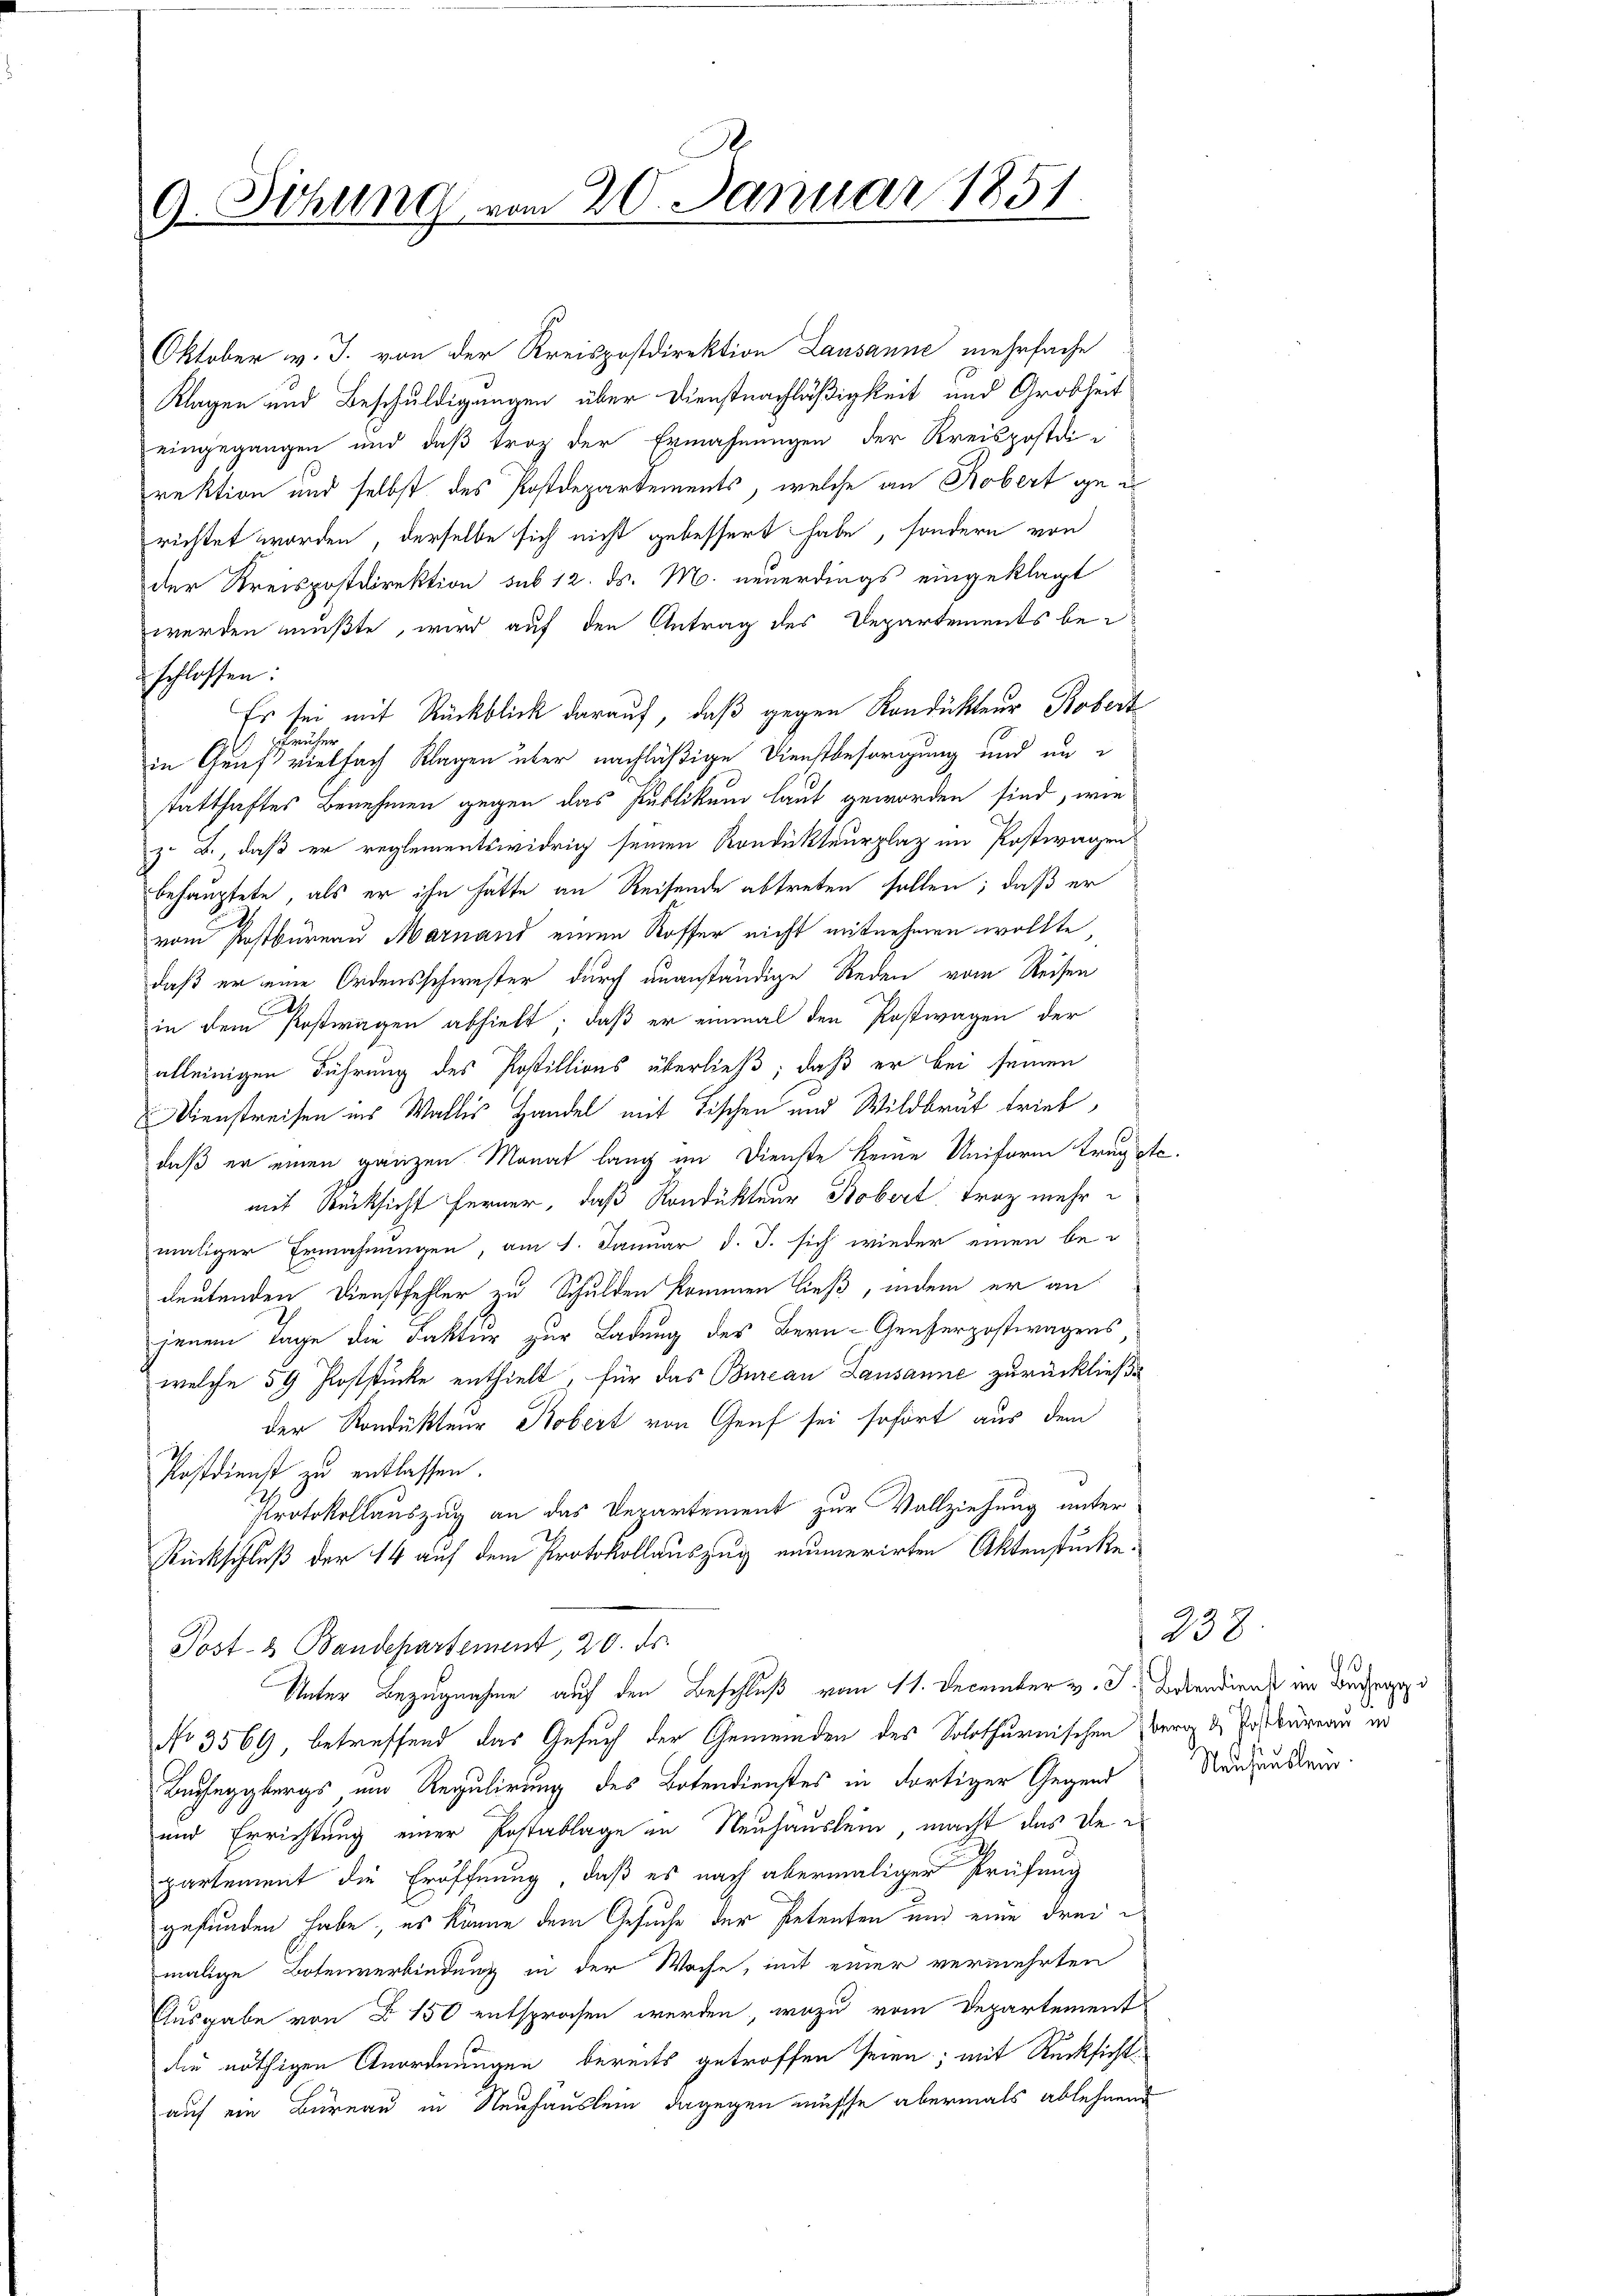
9. Sitzung vom 20. Januar 1851.

Oktober v. J. von der Kreispostdirektion Lausanne mehrfache
Klagen und Beschuldigungen über Dienstnachläßigkeit und Grobheit
eingegangen und daß trag der Ermahnungen der Kreisposten-
rektion und selbst des Postdepartements, welche an Robert gerichtet worden, derselbe sich nicht gebessert habe, sondern von
der Kreispostdirektion sub 12. ds. M. neuerdings eingeklagt
werden mußte, wird auf den Antrag des Departements bei
schlossen:
Es sei mit Rückblick darauf, daß gegen Kondukteur Robert
Brüher
in Gruß vielfach Klagen über nachläßige Dienstbesorgung und in
statthaftes Benehmen gegen das Publikum laut geworden sind, wie
z. B., daß er reglementswidrig seinen Rondukteurplaz im Postwagen
behauptete, als er ihn hätte an Reisende abtreten sollen; daß er
vom Postbüreau Marnand einen Koffer nicht mitnehmen wollte,
daß er eine Ordensschwester durch unanständige Reden vom Reisen
in dem Postwagen abhielt; daß er einmal den Postwagen der
alleinigen Führung des Postillions überließ; daß er bei seinen
Dienstreisen ins Wallis Handel mit Tischen und Wildbaut trieb,
daß er einen ganzen Monat lang im Dienste keine Uniform tragste
mit Rücksicht ferner, daß Rondukteur Bobert, trag mehr
maliger Erwähnungen, am 1. Januar d. J. sich wieder einen be-
deutenden Dienstfehler zu Schulden kommen ließ, indem er an
jenem Tage die Faktur zur Ladung des Bern- Genferpostwagens,
welche 59 Poststücke enthielt, für das Bureau Lausanne zurückließe
der Kondukteur Kobert von Genf sei sofort aus dem
h
Rostdienst zu entlassen.
Protokollauszug an das Departement zur Vollziehung unter
Rückschluß der 14 auf dem Protokollauszug enumerirten Aktenstücke.
Post- & Bandepartement, 20. ds.
Unter Bezugnahme auf den Beschluß vom 11. December v. J. Beendiat im Beden
No 3569, betreffend das Gesuch der Gemeinden des Solothurnischen Zerg d. Posaureau er
Bucheggbergs, um Regulirung des Botendienstes in dortiger Gegend
und Errichtung einer Postablage in Neuhauslein, macht das Departement die Eröffnung, daß es nach abermaliger Prüfung
gefunden habe, es könne dem Gesuche der Petenten und eine dreie
malige Botenverbindung in der Woche, mit einer vermehrten
Ausgabe von § 150 entsprochen werden, wozu vom Departement
die nöthigen Anordnungen bereits getroffen seien; mit Rücksicht
auf ein Bureau in Neuhauslein, dagegen müsse abermals ablehnend

238
1
2.
Neuhauslei